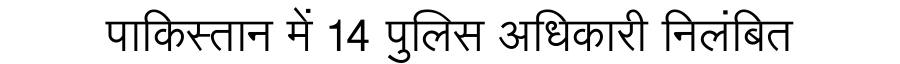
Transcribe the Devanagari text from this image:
पाकिस्तान में 14 पुलिस अधिकारी निलंबित